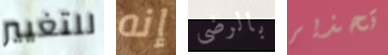
للتغيير إنه بالرضى تحذير